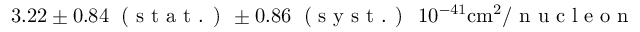
3 . 2 2 \pm 0 . 8 4 \; \textrm { ( s t a t . ) } \pm 0 . 8 6 \; \textrm { ( s y s t . ) } \; 1 0 ^ { - 4 1 } \mathrm { c m } ^ { 2 } / \textrm { n u c l e o n }